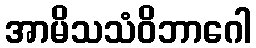
အာမိသသံဝိဘာဂေါ